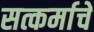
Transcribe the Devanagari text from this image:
सत्कर्माचे